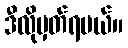
ဒီလိုမှတ်ရမယ်။